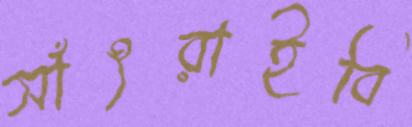
সাঁৎরাইবি